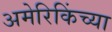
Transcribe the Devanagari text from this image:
अमेरिकिंच्या